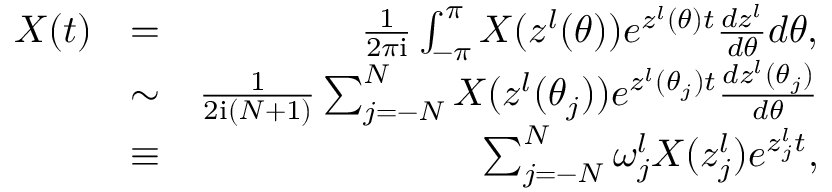
\begin{array} { r l r } { X ( t ) } & { = } & { \frac { 1 } { 2 \pi \mathrm { i } } \int _ { - \pi } ^ { \pi } X ( z ^ { l } ( \theta ) ) e ^ { z ^ { l } ( \theta ) t } \frac { d z ^ { l } } { d \theta } d \theta , } \\ & { \sim } & { \frac { 1 } { 2 \mathrm { i } ( N + 1 ) } \sum _ { j = - N } ^ { N } X ( z ^ { l } ( \theta _ { j } ) ) e ^ { z ^ { l } ( \theta _ { j } ) t } \frac { d z ^ { l } ( \theta _ { j } ) } { d \theta } } \\ & { \equiv } & { \sum _ { j = - N } ^ { N } \omega _ { j } ^ { l } X ( z _ { j } ^ { l } ) e ^ { z _ { j } ^ { l } t } , } \end{array}